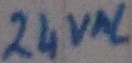
Text: 24VAC